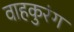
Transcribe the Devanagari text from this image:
वाहकुरंग